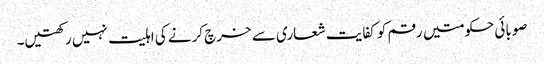
صوبائی حکومتیں رقم کو کفایت شعاری سے خرچ کرنے کی اہلیت نہیں رکھتیں۔